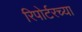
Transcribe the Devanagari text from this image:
रिपोर्टरच्या